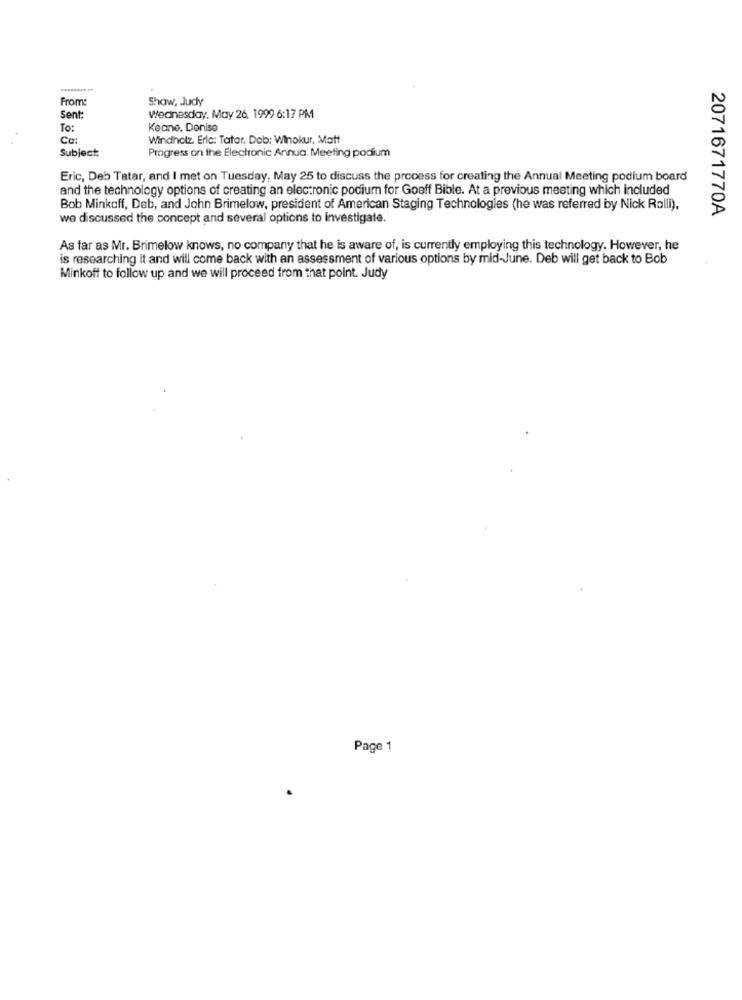
From:
Shaw, Judy
Sent:
Wednesday, May 26, 1999 6:17 PM
To:
Keane, Deniso
Co:
Windholz Eric: Tatar. Dob: Winokur, Matt
Subject
Progress on the Electronic Annua: Meeting podium
Eric, Deb Tatar, and I met on Tuesday, May 25 to discuss the process for creating the Annual Meeting podium board
and the technology options of creating an electronic podium for Gooff Bible. At a previous meeting which included
Bob Minkoff, Deb, and John Brimelow, president of American Staging Technologies (he was referred by Nick Ralli),
we discussed the concept and several options to investigate.
2071671770A
As far as Mr. Brimelow knows, no company that he is aware of, is currently employing this technology. However, he
is researching it and will come back with an assessment of various options by mid-June. Deb will get back to Bob
Minkoff to follow up and we will proceed from that point. Judy
Page 1